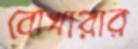
বোখারার